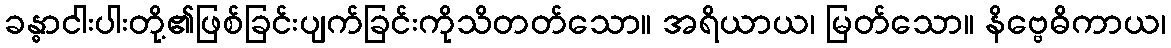
ခန္ဓာငါးပါးတို့၏ဖြစ်ခြင်းပျက်ခြင်းကိုသိတတ်သော။ အရိယာယ၊ မြတ်သော။ နိဗ္ဗေဓိကာယ၊